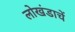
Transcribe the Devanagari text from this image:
लोखंडाचें